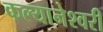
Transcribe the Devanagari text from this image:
कल्यानेश्वरी